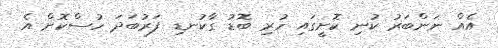
އެއް ނަންބަރު ކުނި ކޮށީގައި ހުރި ބޮޑު ގާކުނޑި ފަރުބަދަ ހުސްކޮށް އެ